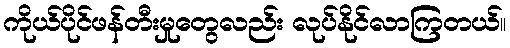
ကိုယ်ပိုင်ဖန်တီးမှုတွေလည်း လုပ်နိုင်လာကြတယ်။